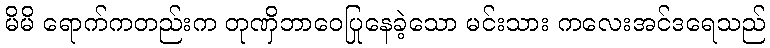
မိမိ ရောက်ကတည်းက တုဏှိဘာဝေပြုနေခဲ့သော မင်းသား ကလေးအင်ဒရေသည်